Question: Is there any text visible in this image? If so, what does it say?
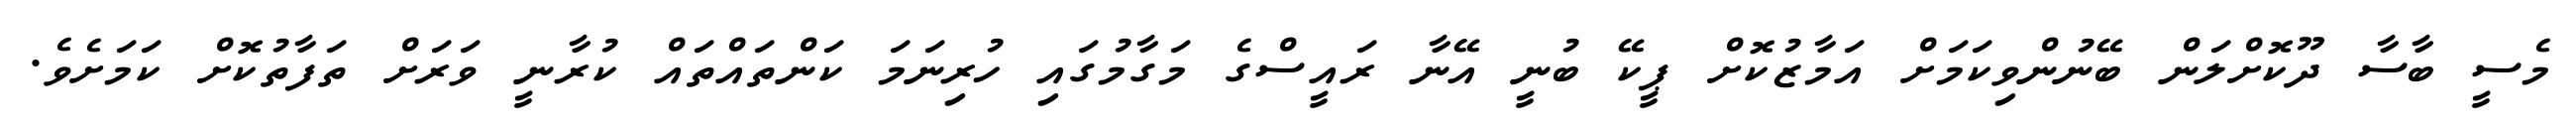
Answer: މެސީ ބާސާ ދޫކޮށްލަން ބޭނުންވިކަމަށް އަމާޒުކޮށް ޕީކޭ ބުނީ އޭނާ ރައީސްގެ މަގާމުގައި ހުރިނަމަ ކަންތައްތައް ކުރާނީ ވަރަށް ތަފާތުކޮށް ކަމަށެވެ.